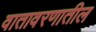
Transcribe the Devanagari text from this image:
वातावरणातील